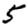
Digit: 5